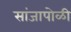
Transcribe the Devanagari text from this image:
सांजापोळी